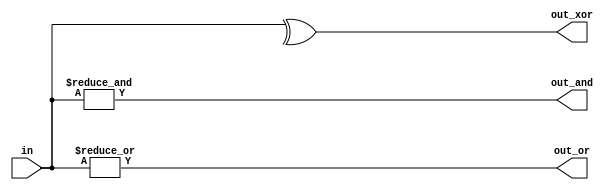
/*
Build a combinational circuit with 100 inputs, in[99:0].

There are 3 outputs:

out_and: output of a 100-input AND gate.
out_or: output of a 100-input OR gate.
out_xor: output of a 100-input XOR gate.
*/

module top_module( 
    input [99:0] in,
    output out_and,
    output out_or,
    output out_xor 
);
    
    assign out_and = &in;
    assign out_or = |in;
    assign out_xor = ^in;

endmodule